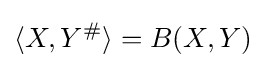
\langle X,Y^{\#}\rangle =B(X,Y)